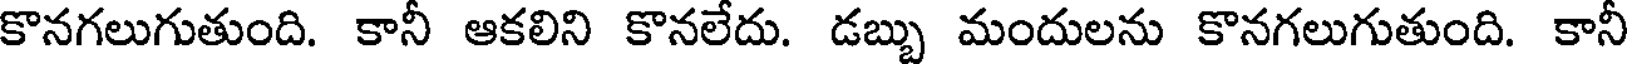
కొనగలుగుతుంది. కానీ ఆకలిని కొనలేదు. డబ్బు మందులను కొనగలుగుతుంది. కానీ